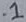
Text: .1